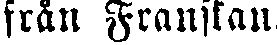
från Franskan.